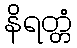
နိရတ္တံ